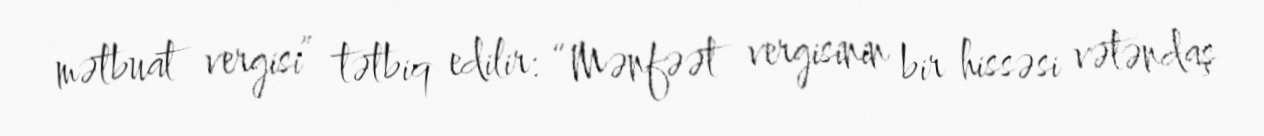
mətbuat vergisi” tətbiq edilir: “Mənfəət vergisinin bir hissəsi vətəndaş